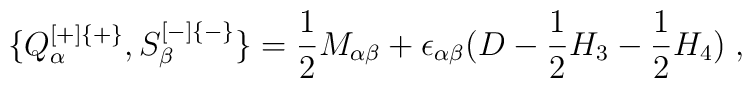
\{Q^{[+]\{+\}}_\alpha, S^{[-]\{-\}}_\beta\} = {1\over 2} M_{\alpha\beta} + \epsilon_{\alpha\beta}  (D - {1\over 2}H_3  - {1\over 2}H_4) \; ,